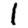
Digit: 1